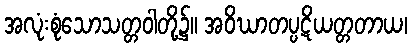
အလုံးစုံသောသတ္တဝါတို့၌။ အဝိဃာတပ္ပဋိယတ္တတာယ၊